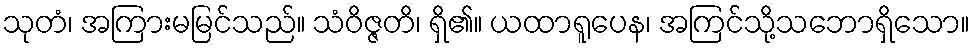
သုတံ၊ အကြားမမြင်သည်။ သံဝိဇ္ဇတိ၊ ရှိ၏။ ယထာရူပေန၊ အကြင်သို့သဘောရှိသော။